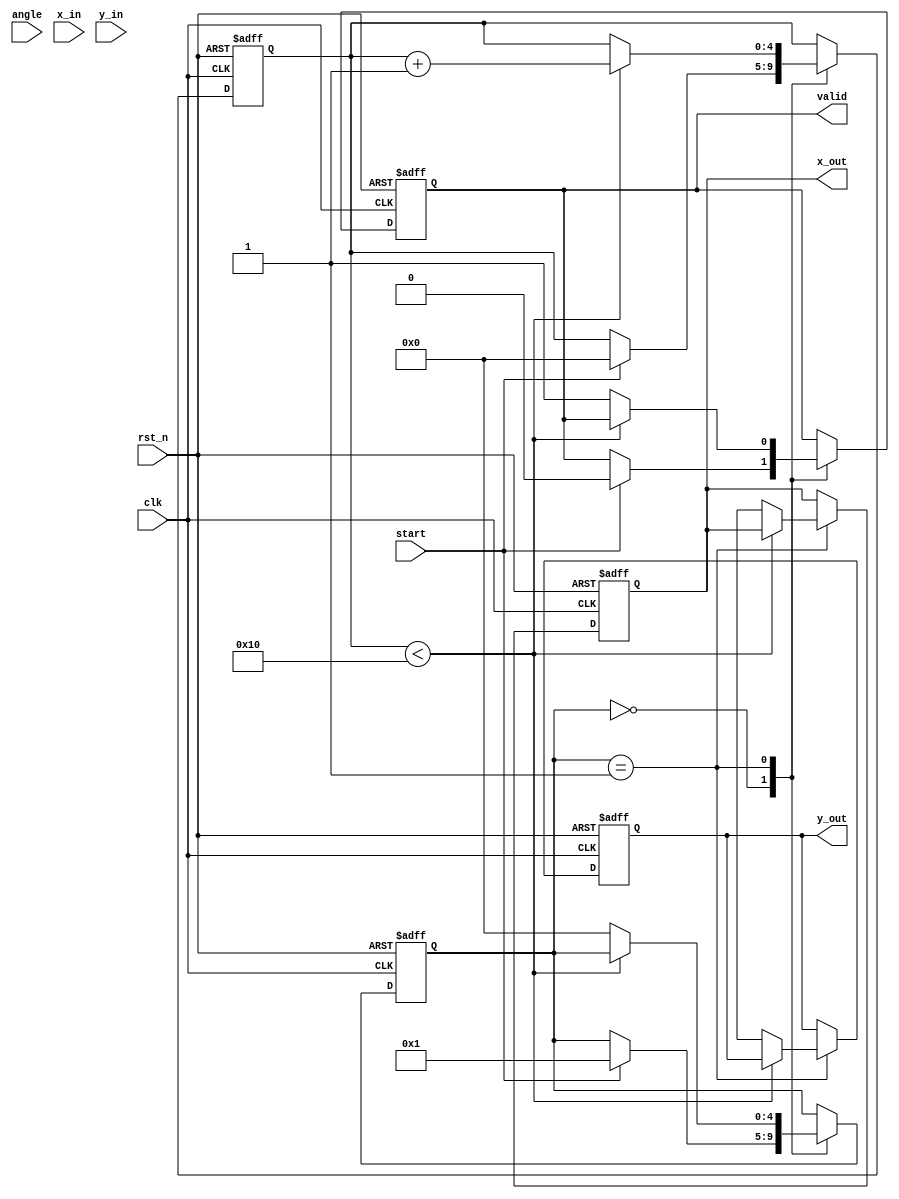
module pipelined_cordic #(
    parameter DATA_WIDTH = 16,  // Width of input/output data
    parameter ITERATIONS = 16    // Number of CORDIC iterations
)(
    input wire clk,
    input wire rst_n,
    input wire start,
    input wire signed [DATA_WIDTH-1:0] angle,   // Input angle
    input wire signed [DATA_WIDTH-1:0] x_in,     // Input x coordinate
    input wire signed [DATA_WIDTH-1:0] y_in,     // Input y coordinate
    output reg valid,
    output reg signed [DATA_WIDTH-1:0] x_out,    // Output x coordinate
    output reg signed [DATA_WIDTH-1:0] y_out      // Output y coordinate
);

    // Internal registers
    reg signed [DATA_WIDTH-1:0] x_reg [0:ITERATIONS-1];
    reg signed [DATA_WIDTH-1:0] y_reg [0:ITERATIONS-1];
    reg signed [DATA_WIDTH-1:0] angle_reg [0:ITERATIONS-1];
    reg [4:0] state; // FSM state
    reg [4:0] iteration; // Current iteration count

    // CORDIC constants for arctan(2^-i)
    reg signed [DATA_WIDTH-1:0] atan_table [0:ITERATIONS-1];
    
    initial begin
        // Initialize arctan values (in fixed-point representation)
        atan_table[0] = 16'h26DD; // atan(2^0)
        atan_table[1] = 16'h1DAC; // atan(2^-1)
        atan_table[2] = 16'h12E4; // atan(2^-2)
        atan_table[3] = 16'h0A3D; // atan(2^-3)
        atan_table[4] = 16'h051A; // atan(2^-4)
        atan_table[5] = 16'h0284; // atan(2^-5)
        atan_table[6] = 16'h0142; // atan(2^-6)
        atan_table[7] = 16'h00A1; // atan(2^-7)
        atan_table[8] = 16'h0050; // atan(2^-8)
        atan_table[9] = 16'h0028; // atan(2^-9)
        atan_table[10] = 16'h0014; // atan(2^-10)
        atan_table[11] = 16'h000A; // atan(2^-11)
        atan_table[12] = 16'h0005; // atan(2^-12)
        atan_table[13] = 16'h0002; // atan(2^-13)
        atan_table[14] = 16'h0001; // atan(2^-14)
        atan_table[15] = 16'h0000; // atan(2^-15)
    end

    // FSM for controlling the pipeline
    always @(posedge clk or negedge rst_n) begin
        if (!rst_n) begin
            state <= 0;
            iteration <= 0;
            valid <= 0;
            x_out <= 0;
            y_out <= 0;
        end else begin
            case (state)
                0: begin // Idle state, wait for start
                    if (start) begin
                        x_reg[0] <= x_in;
                        y_reg[0] <= y_in;
                        angle_reg[0] <= angle;
                        iteration <= 0;
                        state <= 1;
                        valid <= 0;
                    end
                end
                1: begin // Pipeline stage
                    if (iteration < ITERATIONS) begin
                        // Perform CORDIC rotation
                        if (angle_reg[iteration][DATA_WIDTH-1] == 1'b1) begin
                            // Rotate clockwise
                            x_reg[iteration + 1] <= x_reg[iteration] + (y_reg[iteration] >>> iteration);
                            y_reg[iteration + 1] <= y_reg[iteration] - (x_reg[iteration] >>> iteration);
                            angle_reg[iteration + 1] <= angle_reg[iteration] + atan_table[iteration];
                        end else begin
                            // Rotate counterclockwise
                            x_reg[iteration + 1] <= x_reg[iteration] - (y_reg[iteration] >>> iteration);
                            y_reg[iteration + 1] <= y_reg[iteration] + (x_reg[iteration] >>> iteration);
                            angle_reg[iteration + 1] <= angle_reg[iteration] - atan_table[iteration];
                        end
                        iteration <= iteration + 1;
                    end else begin
                        // Final output stage
                        x_out <= x_reg[ITERATIONS];
                        y_out <= y_reg[ITERATIONS];
                        valid <= 1;
                        state <= 0; // Go back to idle
                    end
                end
            endcase
        end
    end

endmodule